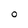
Character: 0